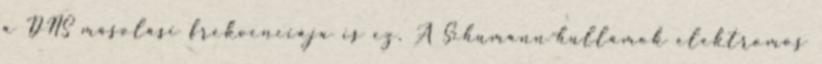
a DNS másolási frekvenciája is ez. A Schumann-hullámok elektromos